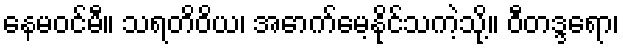
နေမဝင်မီ။ သရတိဝိယ၊ အောက်မေ့နိုင်သကဲ့သို့။ ဝီတဒ္ဒရော၊